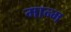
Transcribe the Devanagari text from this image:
मान्म